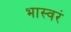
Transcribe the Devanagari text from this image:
भास्वरं